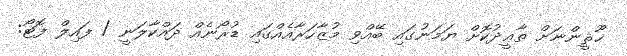
ޚޫޘީންނަށް ތާޢީދުކޮށް ޔަމަނުގައި ބޭއްވި މުޒާހަރާއެއްގައި ޑުރޯނެއް ދައްކާލަނީ / ފައިލް ފޮޓޯ: